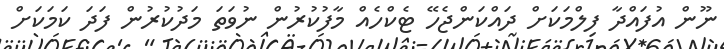
ނޫން އުފައްދާ ފިލްމަކަށް ދައްކަންޖެހޭ ޓެކްހެއް މާފުކުރުން ނުވަތަ މަދުކުރުން ފަދަ ކަމަކަށް